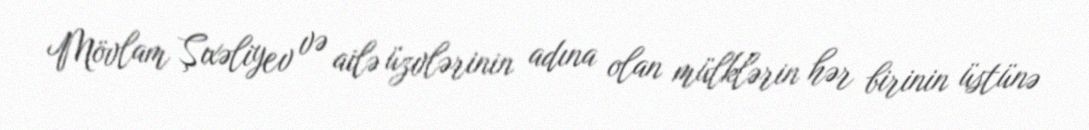
Mövlam Şıxəliyev və ailə üzvlərinin adına olan mülklərin hər birinin üstünə